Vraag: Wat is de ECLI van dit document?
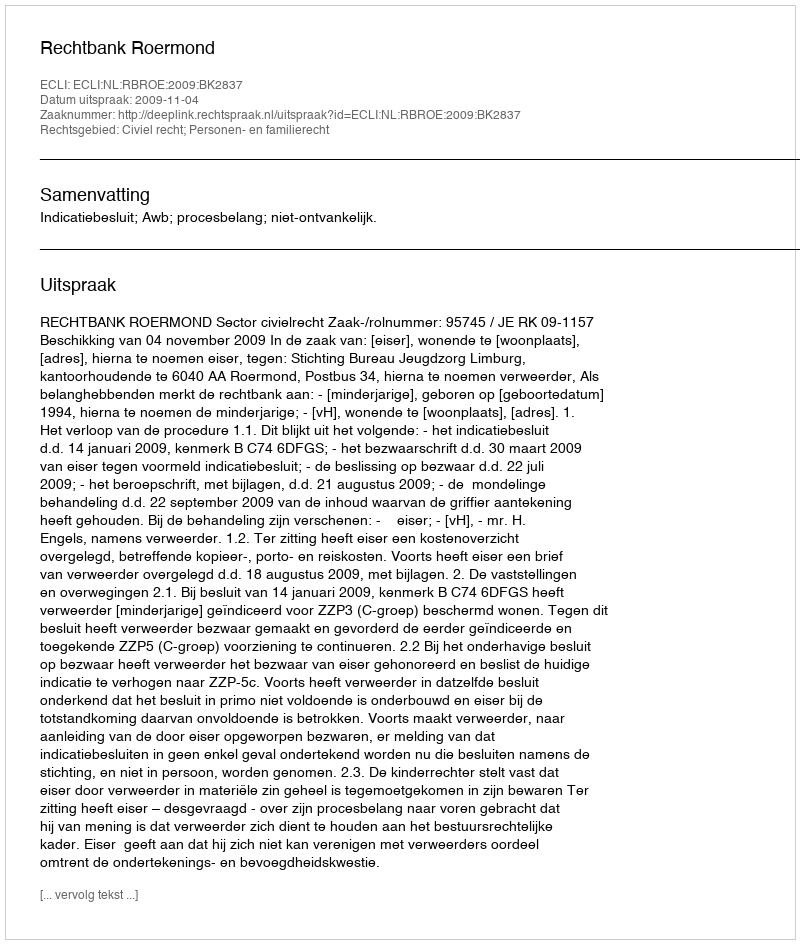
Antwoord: ECLI:NL:RBROE:2009:BK2837